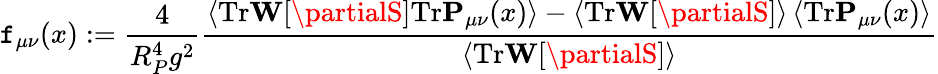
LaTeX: \mathtt{f}_{\mu\nu}(x):=\frac{{4}}{{R_{P}^{4}g^{2}}}\frac{{\left<\mathrm{{Tr}}\mathbf{{W}}[\partialS]\mathrm{{Tr}}\mathbf{{P}}_{\mu\nu}(x)\right>-\left<\mathrm{{Tr}}\mathbf{{W}}[\partialS]\right>\left<\mathrm{{Tr}}\mathbf{{P}}_{\mu\nu}(x)\right>}}{{\left<\mathrm{{Tr}}\mathbf{{W}}[\partialS]\right>}}